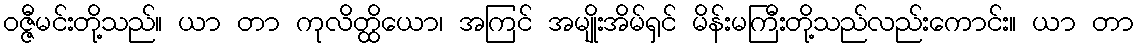
ဝဇ္ဇီမင်းတို့သည်။ ယာ တာ ကုလိတ္ထိယော၊ အကြင် အမျိုးအိမ်ရှင် မိန်းမကြီးတို့သည်လည်းကောင်း။ ယာ တာ